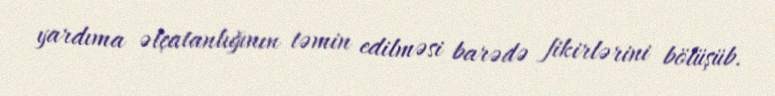
yardıma əlçatanlığının təmin edilməsi barədə fikirlərini bölüşüb.